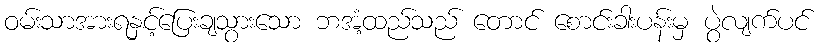
ဝမ်းသာအားရနှင့်ပြေးချသွားသော ဘအံ့ထည်သည် တောင် စောင်းခါးပန်းမှ ပွဲလျက်ပင်